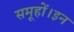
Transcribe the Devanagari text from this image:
समूहों।इन